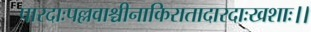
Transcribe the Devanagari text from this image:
पारदाःपल्लवाश्चीनाकिरातादारदाःखशाः।।